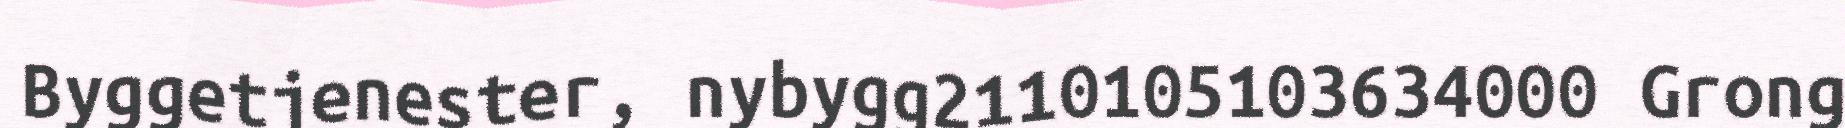
Byggetjenester, nybygg2110105103634000 Grong